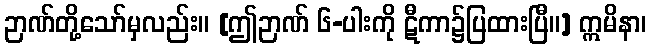
ဉာဏ်တို့သော်မှလည်း။ [ဤဉာဏ် ၆-ပါးကို ဋီကာ၌ပြထားပြီ။] ဣမိနာ၊